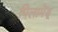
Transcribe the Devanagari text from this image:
पिलामेडू